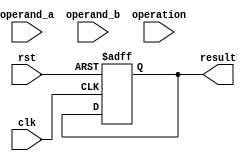
module half_precision_fpu(
    input [15:0] operand_a,
    input [15:0] operand_b,
    input [1:0] operation,
    input clk,
    input rst,
    output reg [15:0] result
);

reg [15:0] alu_result;
reg [1:0] op_sel;
reg [3:0] state;

// State definitions
parameter IDLE = 4'b0000;
parameter ADD = 4'b0001;
parameter SUB = 4'b0010;
parameter MUL = 4'b0011;
parameter DIV = 4'b0100;
parameter ROUND = 4'b0101;
parameter OUTPUT = 4'b0110;

// Special cases handling
reg is_overflow;
reg is_underflow;

// Input registers
reg [15:0] input_register_a;
reg [15:0] input_register_b;

// Output register
reg [15:0] output_register;

always @(posedge clk or posedge rst) begin
	if (rst) begin
		state <= IDLE;
		op_sel <= 2'b00;
		is_overflow <= 0;
		is_underflow <= 0;
		result <= 16'h0000;
	end
	else begin
		case(state)
			IDLE: begin
				op_sel <= operation;
				input_register_a <= operand_a;
				input_register_b <= operand_b;
				state <= ADD;
			end
			ADD: begin
				alu_result <= input_register_a + input_register_b;
				if (alu_result[15] != alu_result[14]) begin
					is_overflow <= 1;
				end
				state <= SUB;
			end
			SUB: begin
				alu_result <= input_register_a - input_register_b;
				if (alu_result[15] != alu_result[14]) begin
					is_underflow <= 1;
				end
				state <= MUL;
			end
			// Continue with other operations
			// Multiplexer, rounding logic, NaN handling, etc. should be added here
		endcase
	end
end

endmodule